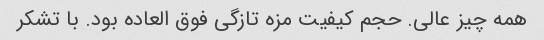
همه چیز عالی. حجم کیفیت مزه تازگی فوق العاده بود. با تشکر